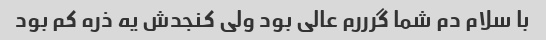
با سلام دم شما گرررم عالی بود ولی کنجدش یه ذره کم بود